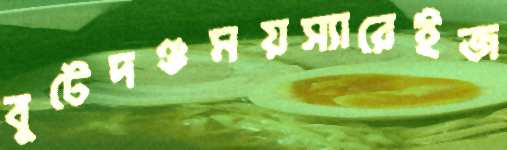
বুটেদণ্ডময়স্যারেইজ